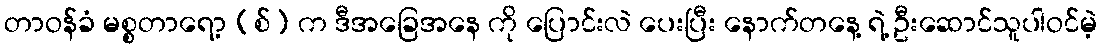
တာဝန်ခံ မစ္စတာရော့ (စ်) က ဒီအခြေအနေ ကို ပြောင်းလဲ ပေးပြီး နောက်တနေ့ ရဲ့ ဦးဆောင်သူပါဝင်မဲ့